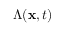
\boldsymbol { \Lambda } ( \mathbf { x } , t )